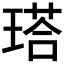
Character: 𤨑